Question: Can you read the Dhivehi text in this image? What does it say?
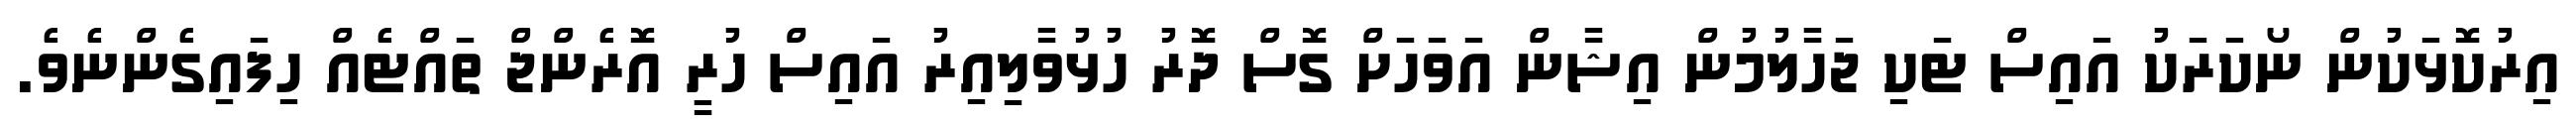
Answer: އިރުކޮޅަކުން ނޯކަރަކު އައިސް ޓަކި ޖަހާލުމުން އިޝާން އަވަހަށް ގޮސް ދޮރު ހުޅުވާލިއިރު އައިސް ހުރީ އޮރެންޖް ތައްޓެއް ހިފައިގެންނެވެ.